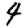
Digit: 4